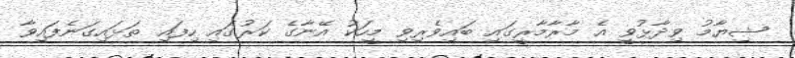
ޝިޔާމު ވިދާޅުވީ އެ މާރާމާރީގައި ބައިވެރިވި މީހަކު އޭނާގެ ކަރުގައި ހިފައި ތަޅައިގަނެފައިވާ